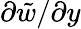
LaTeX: \partial\tilde{{w}}/\partial y